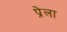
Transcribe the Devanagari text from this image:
प्रेला